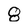
Character: 8